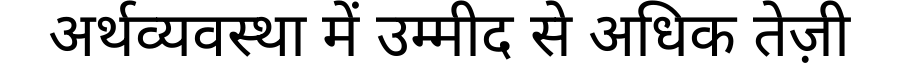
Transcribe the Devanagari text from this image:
अर्थव्यवस्था में उम्मीद से अधिक तेज़ी